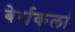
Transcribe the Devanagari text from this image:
बेर्राकलां